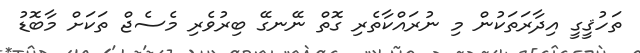
ތަހުޤީގީ އިދާރަތަކުން މި ނުރައްކާތެރި ގޮތް ނޭނގޭ ބިރުވެރި މެސެޖް ތަކަށް މާބޮޑު